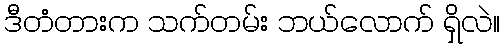
ဒီတံတားက သက်တမ်း ဘယ်လောက် ရှိလဲ။